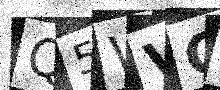
Text: Q5WVG1